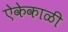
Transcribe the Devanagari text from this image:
ऐकेकाळी